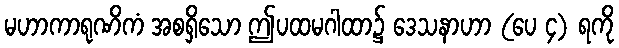
မဟာကာရုဏိကံ အစရှိသော ဤပထမဂါထာ၌ ဒေသနာဟာ (ပေ ၄) ရကို